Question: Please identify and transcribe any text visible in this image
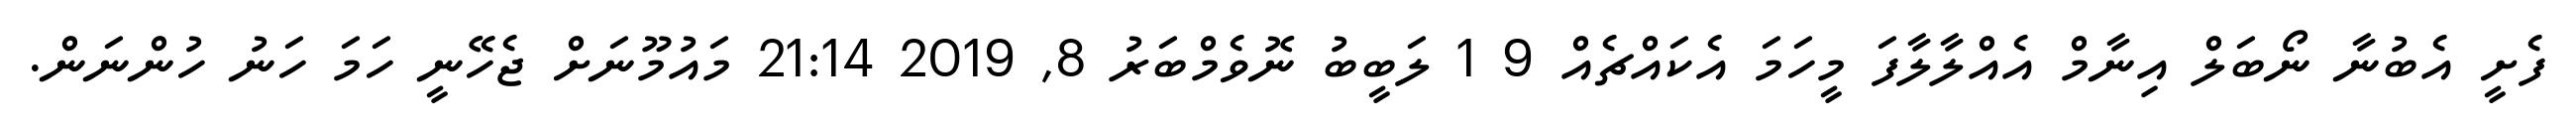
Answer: ފެށީ އެބުނާ ނޯބަލް އިނާމް އެއްލާލާފަ މީހަމަ އެކައްޗެއް 9 1 ލަބީބު ނޮވެމްބަރު 8, 2019 21:14 މައުމޫނަށް ޖެހޭނީ ހަމަ ހަނު ހުންނަން.